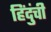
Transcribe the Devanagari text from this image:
हिंदुंची